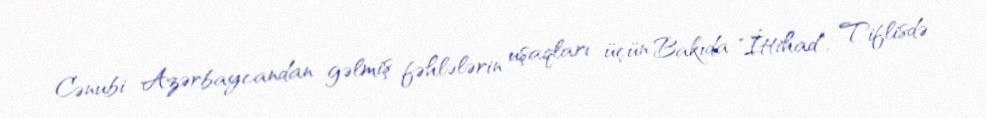
Cənubi Azərbaycandan gəlmiş fəhlələrin uşaqları üçün Bakıda "İttihad", Tiflisdə